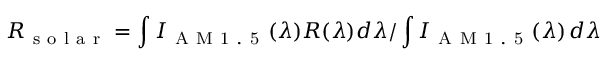
R _ { \mathrm { ~ s ~ o ~ l ~ a ~ r ~ } } = \int I _ { \mathrm { ~ A ~ M ~ 1 ~ . ~ 5 ~ } } ( \lambda ) R ( \lambda ) d \lambda / \int I _ { \mathrm { ~ A ~ M ~ 1 ~ . ~ 5 ~ } } ( \lambda ) \, d \lambda